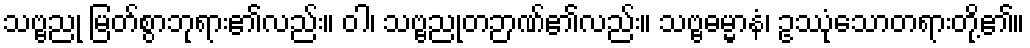
သဗ္ဗညု မြတ်စွာဘုရား၏လည်း။ ဝါ၊ သဗ္ဗညုတဉာဏ်၏လည်း။ သဗ္ဗဓမ္မာနံ၊ ဥဿုံသောတရားတို့၏။